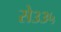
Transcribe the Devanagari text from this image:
से३३५